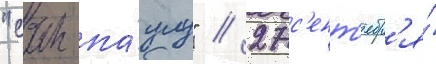
"сан-па́улу" // 27 с'ент'ябр'я́